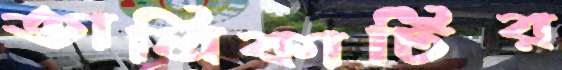
তালিকাটির